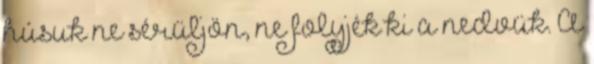
húsuk ne sérüljön, ne folyjék ki a nedvük. A